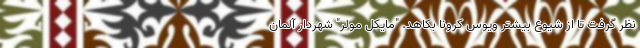
نظر گرفت تا از شیوع بیشتر ویوس کرونا بکاهد. "مایکل مولر" شهردار آلمان